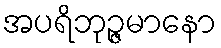
အပရိဘုဉ္ဇမာနော